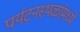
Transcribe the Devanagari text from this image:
पर्यटनस्थळांमध्ये